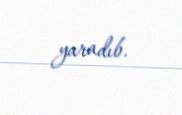
yaradıb.